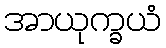
အာယုက္ခယံ